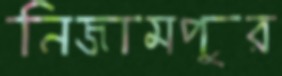
নিজামপুর